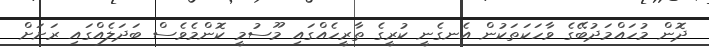
ދޮން މުހައްމަދުބޭގެ ވާހަކަތަކުން އެނގެނީ ކުރީގެ ތާރީހެއްގައި މޫސުމީ ކޮންމެވެސް ބަދަލެެއްގައި ރަށަށް